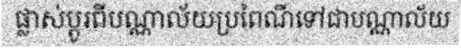
ផ្លាស់ប្តូរពីបណ្ណាល័យប្រពៃណីទៅជាបណ្ណាល័យ